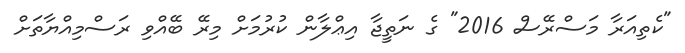
"ކެތިއަރާ މަސްރޭސް 2016" ގެ ނަތީޖާ އިޢްލާން ކުރުމަށް މިރޭ ބޭއްވި ރަސްމިއްޔާތަށް